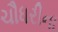
ચૌધરીના